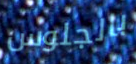
بالجلوس